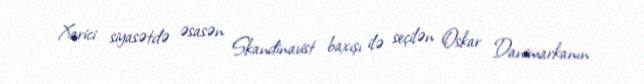
Xarici siyasətdə əsasən Skandinavist baxışı ilə seçilən Oskar Danimarkanın